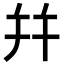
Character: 幷